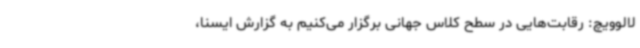
لالوویچ: رقابت‌هایی در سطح کلاس جهانی برگزار می‌کنیم به گزارش ایسنا،